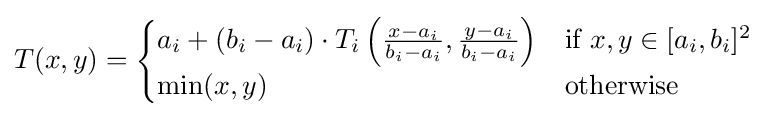
T(x,y)={\begin{cases}a_{i}+(b_{i}-a_{i})\cdot T_{i}\left({\frac {x-a_{i}}{b_{i}-a_{i}}},{\frac {y-a_{i}}{b_{i}-a_{i}}}\right)&{\text{if }}x,y\in [a_{i},b_{i}]^{2}\\\min(x,y)&{\text{otherwise}}\end{cases}}